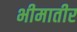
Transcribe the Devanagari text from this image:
भीमातीर